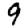
Digit: 9